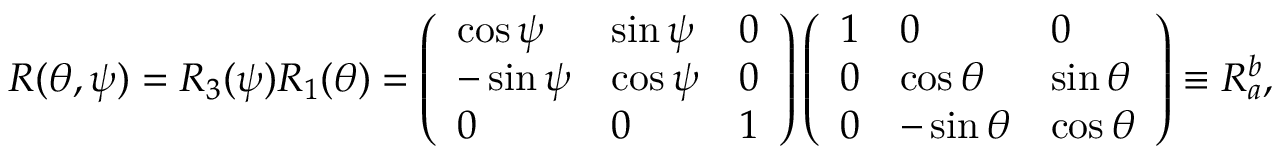
\begin{array} { r } { R ( \theta , \psi ) = R _ { 3 } ( \psi ) R _ { 1 } ( \theta ) = \left( \begin{array} { l l l } { \cos \psi } & { \sin \psi } & { 0 } \\ { - \sin \psi } & { \cos \psi } & { 0 } \\ { 0 } & { 0 } & { 1 } \end{array} \right) \left( \begin{array} { l l l } { 1 } & { 0 } & { 0 } \\ { 0 } & { \cos \theta } & { \sin \theta } \\ { 0 } & { - \sin \theta } & { \cos \theta } \end{array} \right) \equiv R _ { a } ^ { b } , } \end{array}